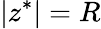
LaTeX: |z^{*}|=R